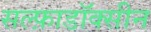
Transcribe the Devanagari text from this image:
सल्फ़ाडॉक्सीन